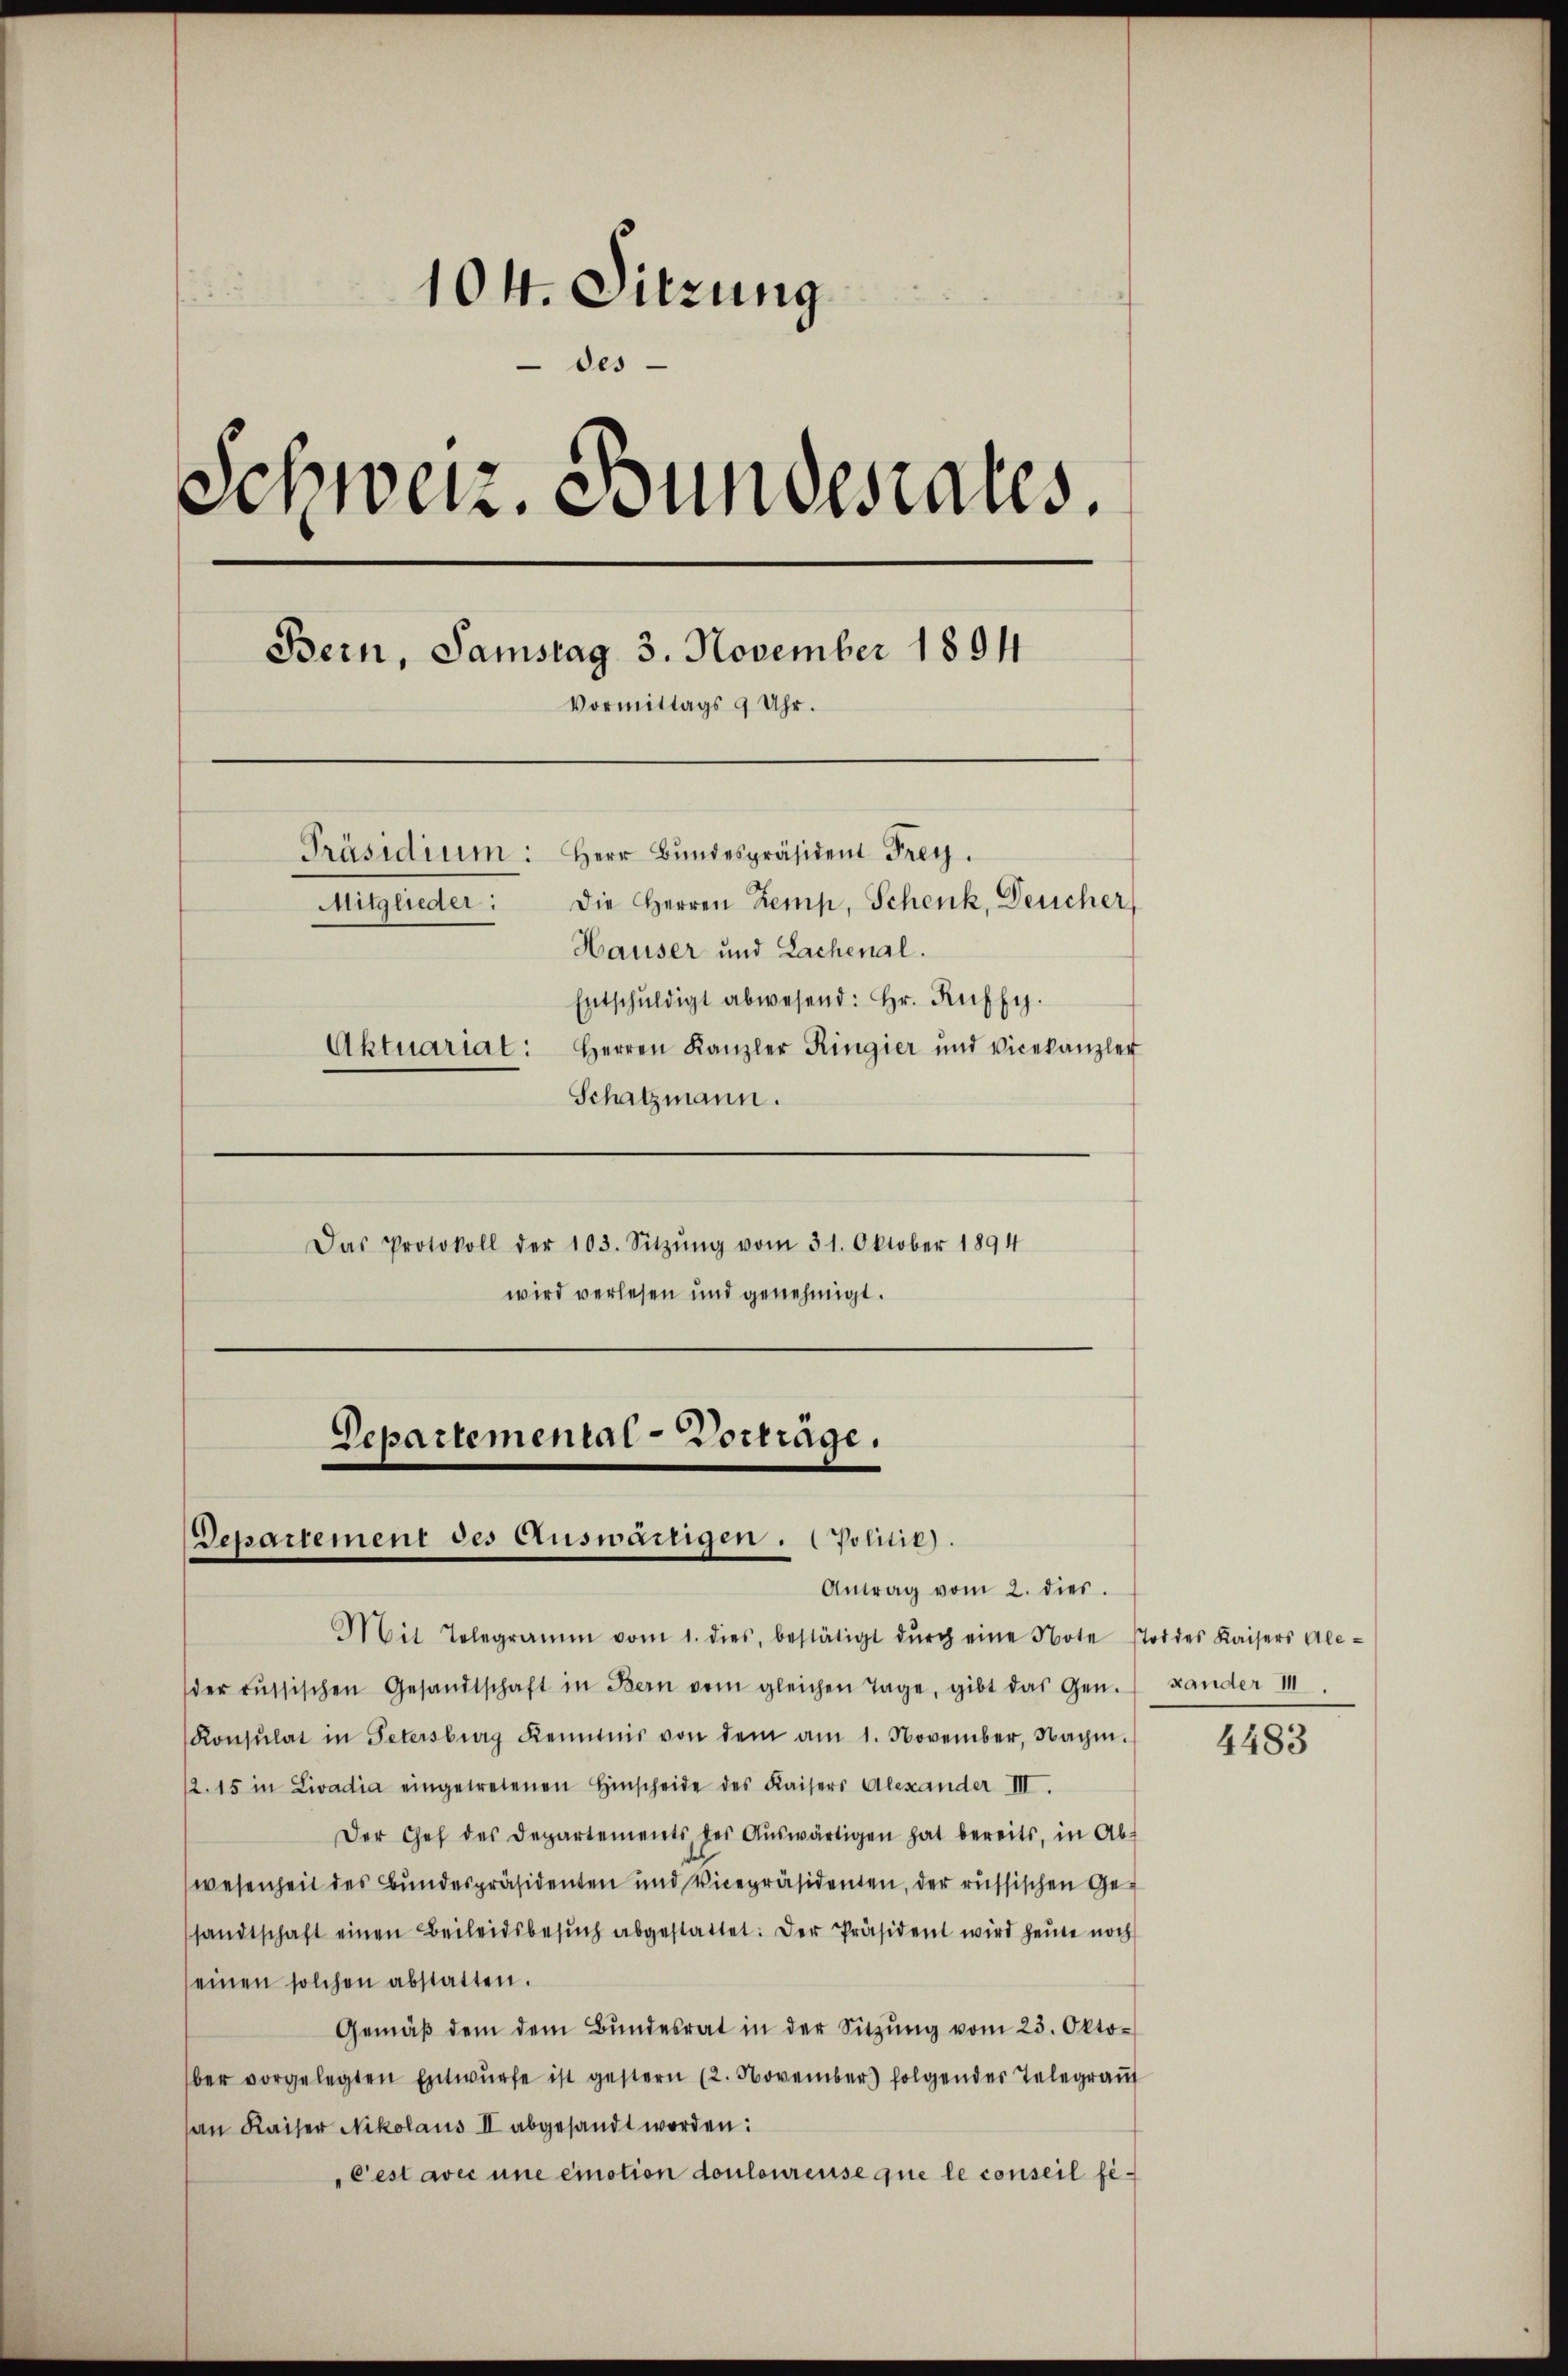
104. Sitzung
des-
Schweiz. Bundesrates.
Bern, Samstag 3. November 1894
Vormittags 9 Uhr.
Präsidium: Herr Bundespräsident Frey.
Die Herren Kemp, Schenk, Deucher,
Mitglieder:
Hauser und Lachenal.
Entschŭldigt abwesend: Hr. Kuffy.
Aktuariat: Herren Kanzler Ringier und Vicekanzler
Schatzmann.
Das Protokoll der 103. Sitzŭng vom 31. Oktober 1894
wird verlesen und genehmigt.

Departemental-Vorträge.
Departement des Auswärtigen. Politik).
Antrag vom 2. dies

Mit Telegramm vom 1. dies, bestätigt dŭrch eine Note stordes Kaisers Ale-
der russischen Gesandtschaft in Bern vom gleichen Tage, gibt das Gen. Lander III.
Konsulat in Petersburg Kenntnis von dem am 1. November, Nachm.
12. 15 in Livadia eingetretenen Hinscheide des Kaisers Alexander III.
Der Chef des Departements der Aŭswärtigen hat bereits, in Ab-
wesenheit des Bundespräsidenten und Vicepräsidenten, der russischen Gesandtschaft einen Beileidsbesŭch abgestattet: Der Präsident wird heute noch
einen solchen abstatten.
Gemäβ dem dem Bŭndesrat in der Sitzŭng vom 23. Okto-
ber vorgelegten Entwŭrfe ist gestern (2. November folgender Telegraŭf
an Kaiser Nikolaus II abgesandt worden:
Cest avec une eination douloureuse que le conseil fi¬

4483